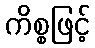
ကိစ္စဖြင့်